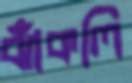
ঝাঁকলি